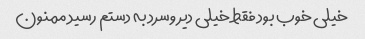
خیلی خوب بود فقط خیلی دیر وسرد به دستم رسید ممنون